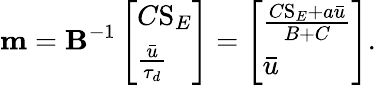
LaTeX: \mathbf{m}=\mathbf{B}^{-1}\left[\begin{array}{l}{C\mathrm{S}_{E}}\\ {\frac{\bar{u}}{\tau_{d}}}\end{array}\right]=\left[\begin{array}{l}{\frac{C\mathrm{S}_{E}+a\bar{u}}{B+C}}\\ {\bar{u}}\end{array}\right].